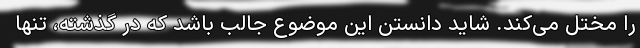
را مختل می‌کند. شاید دانستن این موضوع جالب باشد که در گذشته، تنها